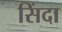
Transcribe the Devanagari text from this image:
सिंदा